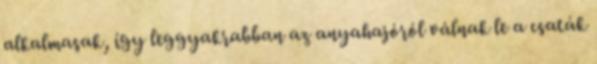
alkalmasak, így leggyakrabban az anyahajóról válnak le a csaták